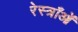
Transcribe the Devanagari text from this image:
रेस्त्राँओं